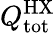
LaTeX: {Q\mathrm{{^{HX}_{tot}}}}